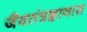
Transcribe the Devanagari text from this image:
जैवतंत्रज्ञानास